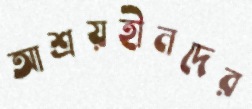
আশ্রয়হীনদের